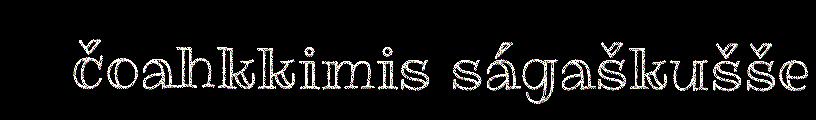
čoahkkimis ságaškušše